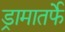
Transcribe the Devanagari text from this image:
ड्रामातर्फे